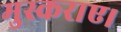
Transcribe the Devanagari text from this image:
मुस्कराए।